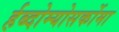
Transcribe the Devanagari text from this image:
र्हब्दोम्योसर्कोमा